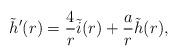
LaTeX: \begin{align*}\tilde{h}'(r) = \frac{4}{r} \tilde{i}(r) + \frac{a}{r} \tilde{h}(r),\end{align*}